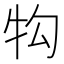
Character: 𭷖